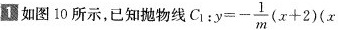
1如图10所示，已知抛物线 $$C _ { 1 } : y = - \frac { 1 } { m } ( x + 2 ) ( x